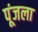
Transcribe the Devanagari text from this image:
पूंजला